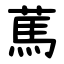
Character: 䔍